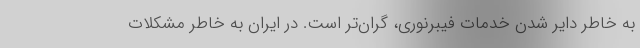
به خاطر دایر شدن خدمات فیبرنوری، گران‌تر است. در ایران به خاطر مشکلات